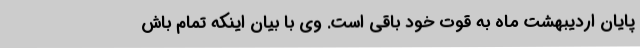
پایان اردیبهشت ماه به قوت خود باقی است. وی با بیان اینکه تمام باش